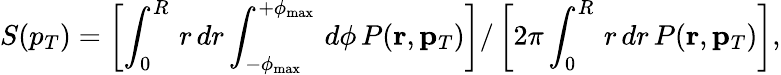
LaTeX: S(p_{T})=\left[\int_{0}^{R}\, r\, dr\int_{-\phi_{\mathrm{max}}}^{+\phi_{\mathrm{max}}}\, d\phi\, P(\mathbf{r},\mathbf{p}_{T})\right]/\left[2\pi\int_{0}^{R}\, r\, dr\, P(\mathbf{r},\mathbf{p}_{T})\right],